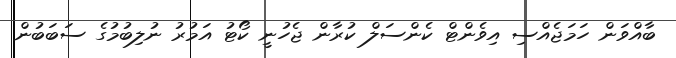
ބާއްވަން ހަމަޖެއްސި އިވެންޓް ކެންސަލް ކުރާން ޖެހުނީ ކޯޓު އަމުރު ނުލިބުމުގެ ސަބަބުން